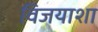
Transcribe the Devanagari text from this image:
विजयाशा